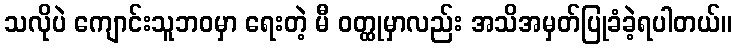
သလိုပဲ ကျောင်းသူဘဝမှာ ရေးတဲ့ မီ ဝတ္ထုမှာလည်း အသိအမှတ်ပြုခံခဲ့ရပါတယ်။